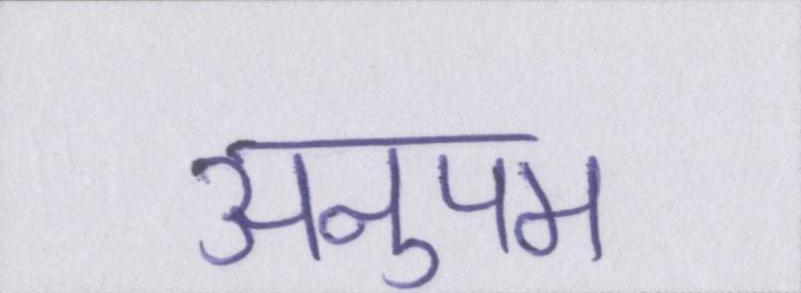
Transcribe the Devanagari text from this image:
अनुपम